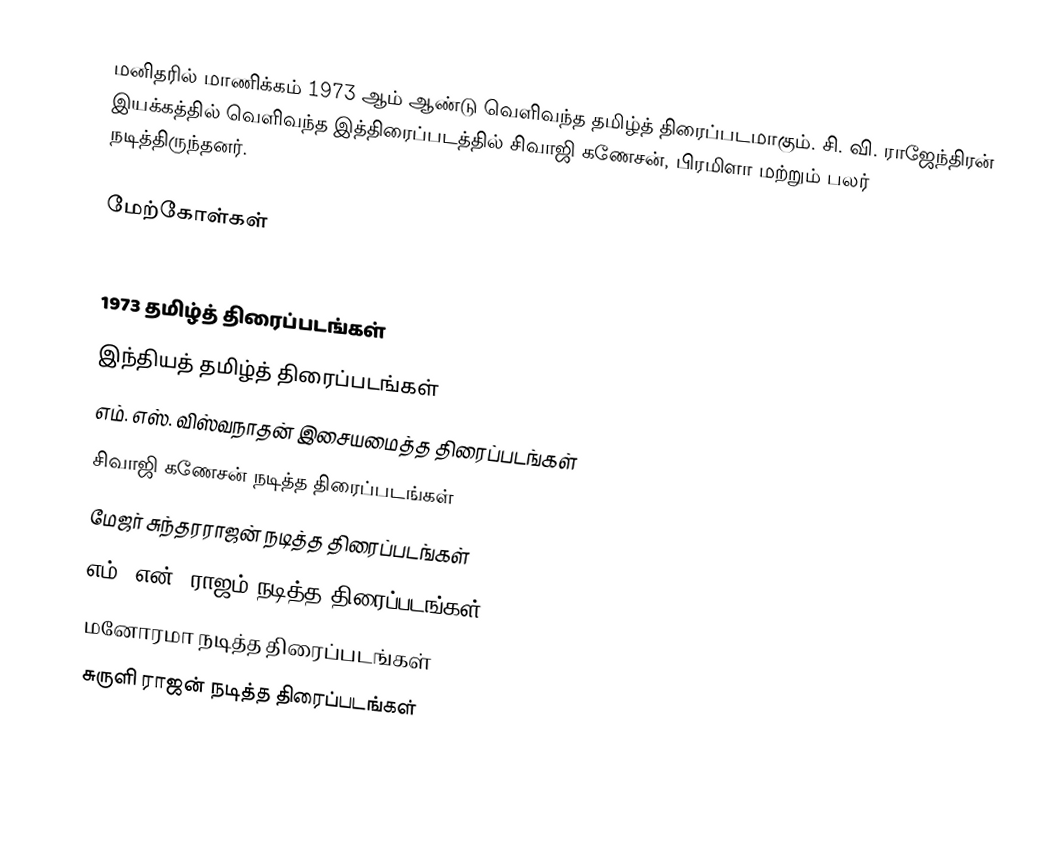
மனிதரில் மாணிக்கம் 1973 ஆம் ஆண்டு வெளிவந்த தமிழ்த் திரைப்படமாகும். சி. வி. ராஜேந்திரன் இயக்கத்தில் வெளிவந்த இத்திரைப்படத்தில் சிவாஜி கணேசன், பிரமிளா மற்றும் பலர் நடித்திருந்தனர்.

மேற்கோள்கள்

1973 தமிழ்த் திரைப்படங்கள்
இந்தியத் தமிழ்த் திரைப்படங்கள்
எம். எஸ். விஸ்வநாதன் இசையமைத்த திரைப்படங்கள்
சிவாஜி கணேசன் நடித்த திரைப்படங்கள்
மேஜர் சுந்தரராஜன் நடித்த திரைப்படங்கள்
எம். என். ராஜம் நடித்த திரைப்படங்கள்
மனோரமா நடித்த திரைப்படங்கள்
சுருளி ராஜன் நடித்த திரைப்படங்கள்